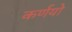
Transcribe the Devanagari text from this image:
कर्णयो